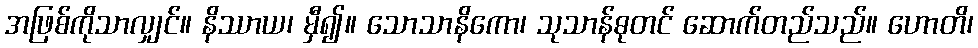
အဖြစ်ကိုသာလျှင်။ နိဿာယ၊ မှီ၍။ သောသာနိကော၊ သုသာန်ဓုတင် ဆောက်တည်သည်။ ဟောတိ၊